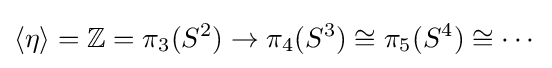
\langle \eta \rangle =\mathbb {Z} =\pi _{3}(S^{2})\to \pi _{4}(S^{3})\cong \pi _{5}(S^{4})\cong \cdots